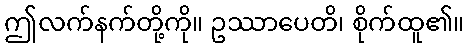
ဤလက်နက်တို့ကို။ ဥဿာပေတိ၊ စိုက်ထူ၏။